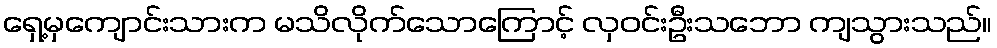
ရှေ့မှကျောင်းသားက မသိလိုက်သောကြောင့် လှဝင်းဦးသဘော ကျသွားသည်။